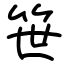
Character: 笹